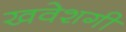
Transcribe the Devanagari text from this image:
खवेशगी